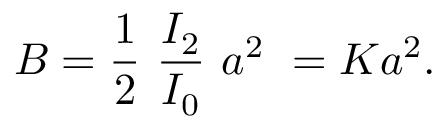
B = \frac { 1 } { 2 } ~ \frac { I _ { 2 } } { I _ { 0 } } ~ a ^ { 2 } ~ = K a ^ { 2 } .